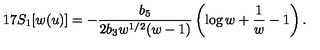
1 7 S _ { 1 } [ w ( u ) ] = - \frac { b _ { 5 } } { 2 b _ { 3 } w ^ { 1 / 2 } ( w - 1 ) } \left( \log w + \frac { 1 } { w } - 1 \right) .